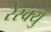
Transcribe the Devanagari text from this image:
रेस्क्यु